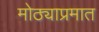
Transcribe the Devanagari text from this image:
मोठ्याप्रमात